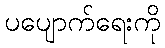
ပပျောက်ရေးကို